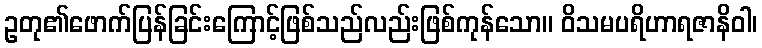
ဥတု၏ဖောက်ပြန်ခြင်းကြောင့်ဖြစ်သည်လည်းဖြစ်ကုန်သော။ ဝိသမပရိဟာရဇာနိဝါ၊